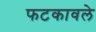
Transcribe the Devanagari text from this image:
फटकावले